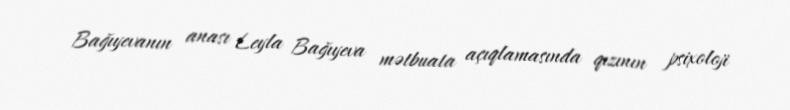
Bağıyevanın anası Leyla Bağıyeva mətbuata açıqlamasında qızının psixoloji